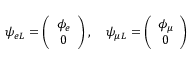
\psi _ { e L } = \left( \begin{array} { c } { { \phi _ { e } } } \\ { { 0 } } \end{array} \right) , \ \ \ \psi _ { \mu L } = \left( \begin{array} { c } { { \phi _ { \mu } } } \\ { { 0 } } \end{array} \right)